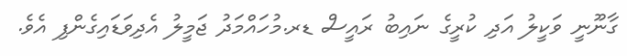
ގާނޫނީ ވަކީލު އަދި ކުރީގެ ނައިބު ރައީސް ޑރ.މުހައްމަދު ޖަމީލު އެދިވަޑައިގެންފި އެވެ.